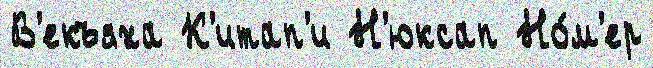
В'екъяха К'итап'и Н'юксап Но́м'ер